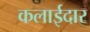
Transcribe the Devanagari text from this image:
कलाईदार